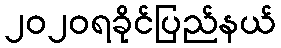
၂၀၂၀ရခိုင်ပြည်နယ်